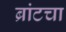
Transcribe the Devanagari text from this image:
ब्रांटचा